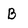
Character: B